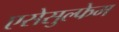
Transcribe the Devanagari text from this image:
एसेसुल्फेम